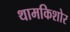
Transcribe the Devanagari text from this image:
थामकिशोर